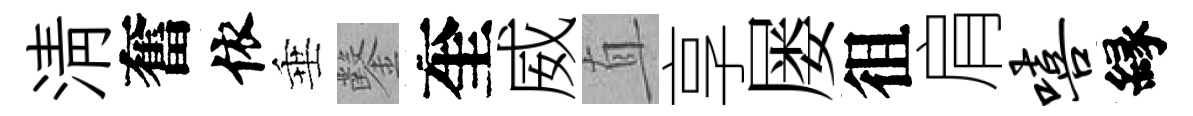
清奮依垂鑿奎威直享屡徂肩嘻縁